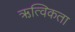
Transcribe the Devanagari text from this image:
ऋत्विकता